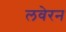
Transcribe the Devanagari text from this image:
लवेरन